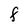
Character: F